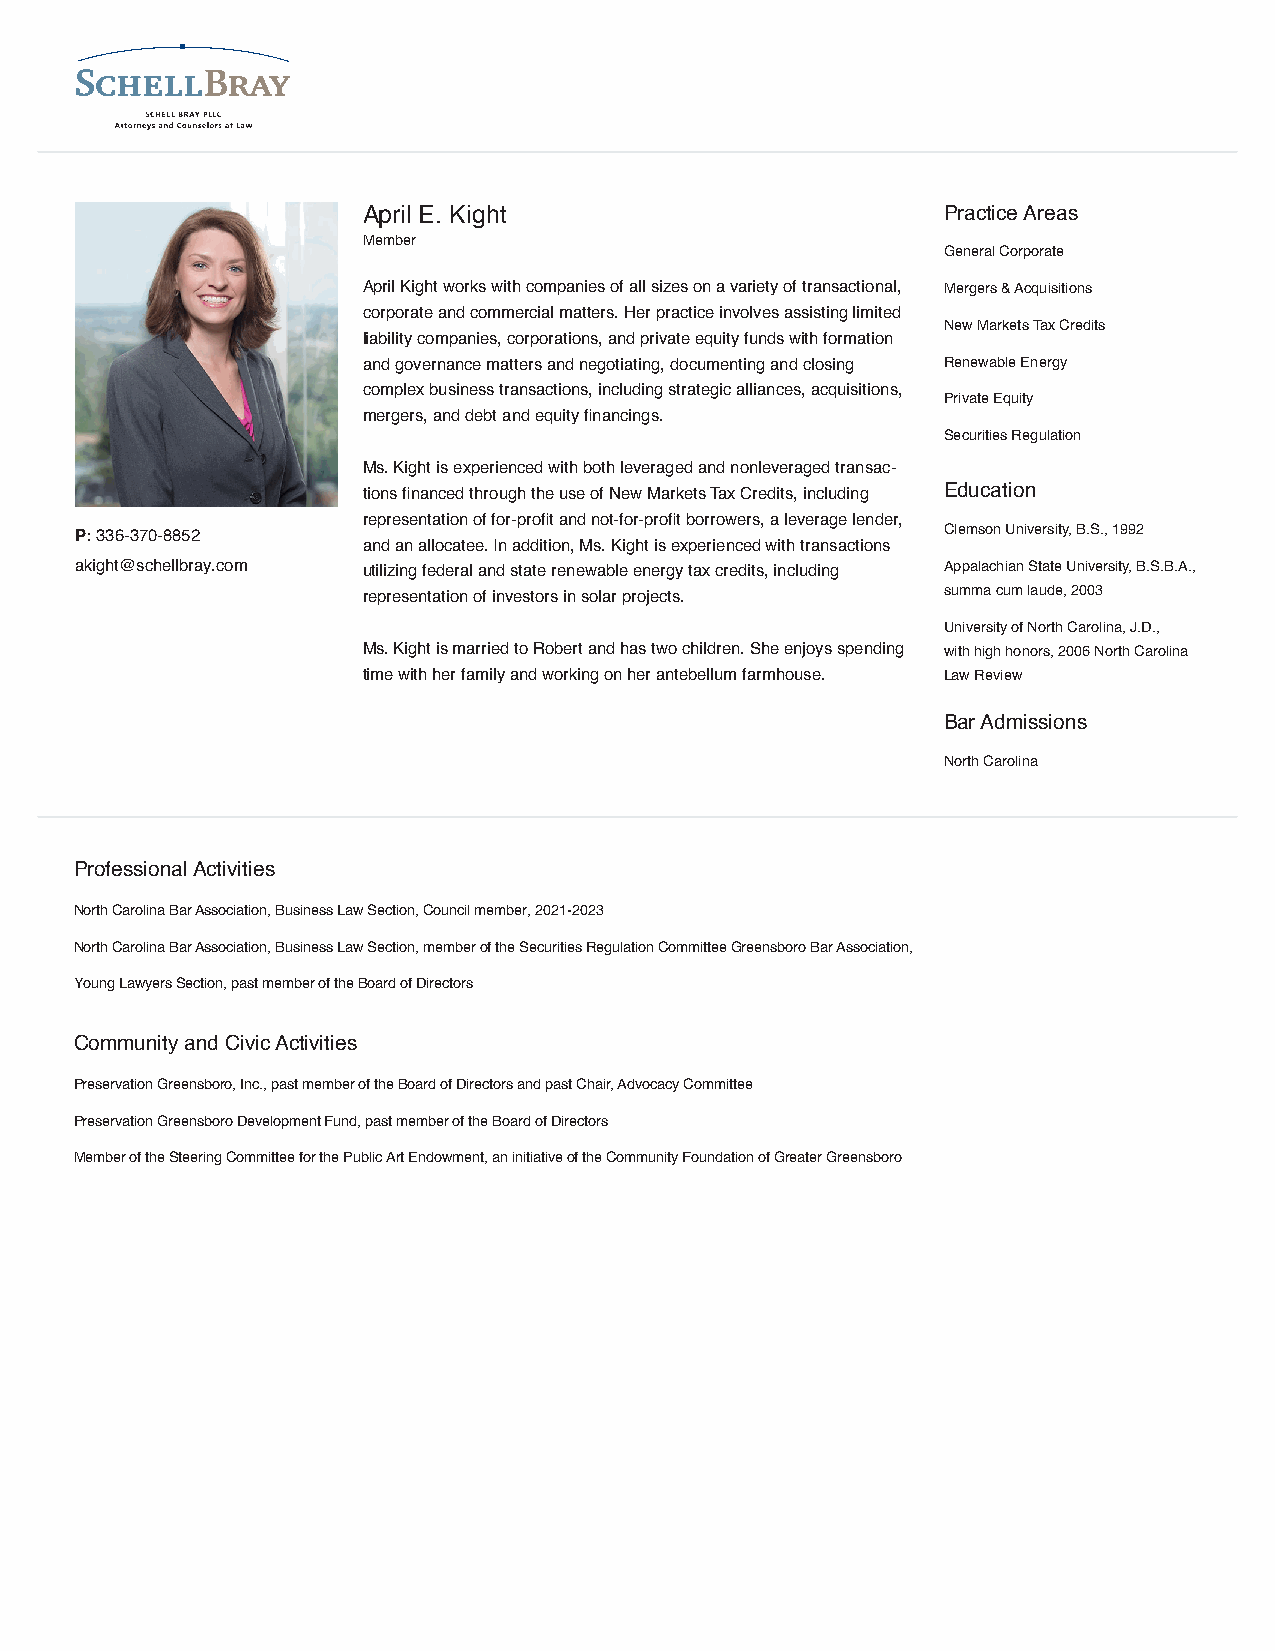
April E. Kight                        Practice Areas
 Member
 General Corporate
 April Kight works with companies of all sizes on a variety of transactional, Mergers & Acquisitions
 corporate and commercial matters. Her practice involves assisting limited
 New Markets Tax Credits
 liability companies, corporations, and private equity funds with formation
 and governance matters and negotiating, documenting and closing Renewable Energy
 complex business transactions, including strategic alliances, acquisitions,
 Private Equity
 mergers, and debt and equity financings.
 Securities Regulation
 Ms. Kight is experienced with both leveraged and nonleveraged transac-
 tions financed through the use of New Markets Tax Credits, including Education
 representation of for-profit and not-for-profit borrowers, a leverage lender,
 P: 336-370-8852                                          Clemson University, B.S., 1992
 and an allocatee. In addition, Ms. Kight is experienced with transactions
 akight@schellbray.com utilizing federal and state renewable energy tax credits, including Appalachian State University, B.S.B.A.,
 representation of investors in solar projects. summa cum laude, 2003
 University of North Carolina, J.D.,
 Ms. Kight is married to Robert and has two children. She enjoys spending with high honors, 2006 North Carolina
 time with her family and working on her antebellum farmhouse. Law Review
 Bar Admissions
 North Carolina
 Professional Activities
 North Carolina Bar Association, Business Law Section, Council member, 2021-2023
 North Carolina Bar Association, Business Law Section, member of the Securities Regulation Committee Greensboro Bar Association,
 Young Lawyers Section, past member of the Board of Directors
 Community and Civic Activities
 Preservation Greensboro, Inc., past member of the Board of Directors and past Chair, Advocacy Committee
 Preservation Greensboro Development Fund, past member of the Board of Directors
 Member of the Steering Committee for the Public Art Endowment, an initiative of the Community Foundation of Greater Greensboro